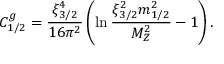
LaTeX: C _ { 1 / 2 } ^ { g } = { \frac { \xi _ { 3 / 2 } ^ { 4 } } { 1 6 \pi ^ { 2 } } } \left( \ln { \frac { \xi _ { 3 / 2 } ^ { 2 } m _ { 1 / 2 } ^ { 2 } } { M _ { Z } ^ { 2 } } } - 1 \right) .